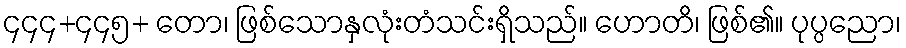
၄၄၄+၄၄၅+ တော၊ ဖြစ်သောနှလုံးတံသင်းရှိသည်။ ဟောတိ၊ ဖြစ်၏။ ပုပ္ပညော၊